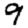
Digit: 9